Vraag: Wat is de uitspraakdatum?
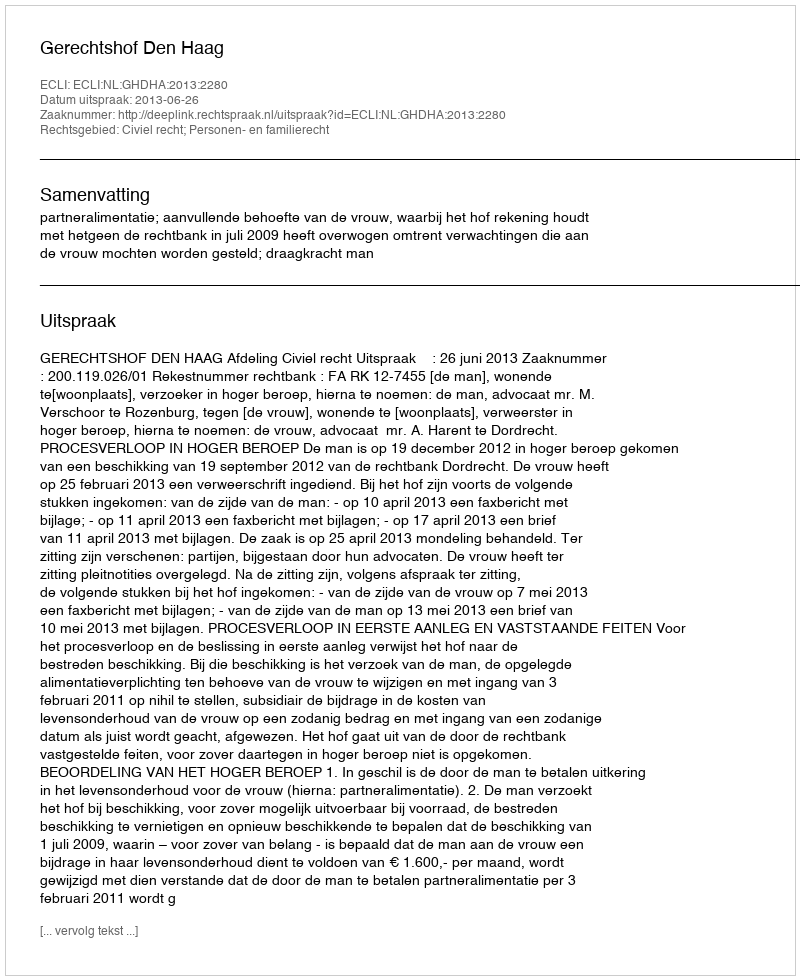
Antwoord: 2013-06-26